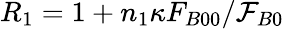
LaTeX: R_{1}=1+n_{1}\kappa F_{B00}/\mathcal{F}_{B0}